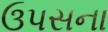
ઉપસના